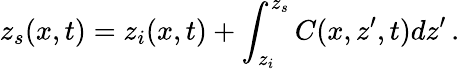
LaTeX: z_{s}(x,t)=z_{i}(x,t)+\int_{z_{i}}^{z_{s}}C(x,z^{\prime},t)dz^{\prime}\, .